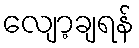
လျော့ချရန်